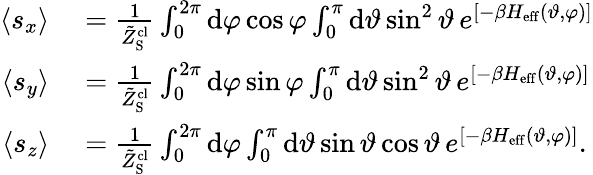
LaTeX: \begin{array}{rl}{\langle s_{x}\rangle}&{{}=\frac{1}{\tilde{Z}_{\mathrm{S}}^{\mathrm{cl}}}\int_{0}^{2\pi}\mathrm{d}\varphi\cos\varphi\int_{0}^{\pi}\mathrm{d}\vartheta\sin^{2}\vartheta\, e^{\left[-\beta H_{\mathrm{eff}}(\vartheta,\varphi)\right]}}\\ {\langle s_{y}\rangle}&{{}=\frac{1}{\tilde{Z}_{\mathrm{S}}^{\mathrm{cl}}}\int_{0}^{2\pi}\mathrm{d}\varphi\sin\varphi\int_{0}^{\pi}\mathrm{d}\vartheta\sin^{2}\vartheta\, e^{\left[-\beta H_{\mathrm{eff}}(\vartheta,\varphi)\right]}}\\ {\langle s_{z}\rangle}&{{}=\frac{1}{\tilde{Z}_{\mathrm{S}}^{\mathrm{cl}}}\int_{0}^{2\pi}\mathrm{d}\varphi\int_{0}^{\pi}\mathrm{d}\vartheta\sin\vartheta\cos\vartheta\, e^{\left[-\beta H_{\mathrm{eff}}(\vartheta,\varphi)\right]}.}\end{array}